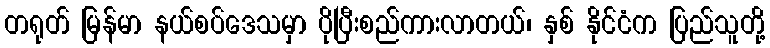
တရုတ် မြန်မာ နယ်စပ်ဒေသမှာ ပိုပြီးစည်ကားလာတယ်၊ နှစ် နိုင်ငံက ပြည်သူတို့